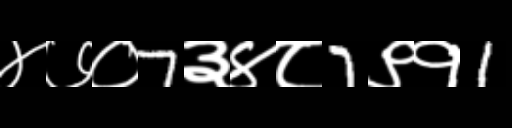
Text: ४७०7३४८7९१1